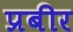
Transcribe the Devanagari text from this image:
प्रबीर